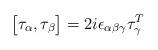
LaTeX: \begin{align*}\bigl[ \tau_\alpha , \tau _\beta \bigr] = 2 i \epsilon _{\alpha\beta \gamma} \tau_\gamma^T\end{align*}